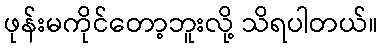
ဖုန်းမကိုင်တော့ဘူးလို့ သိရပါတယ်။